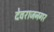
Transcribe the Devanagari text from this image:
देवराजनगर